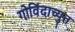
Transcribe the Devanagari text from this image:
गोविंदाच्युत